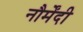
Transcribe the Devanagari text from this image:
नौर्मेंदी